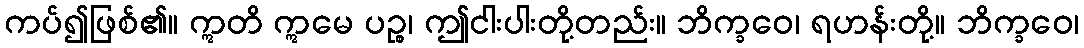
ကပ်၍ဖြစ်၏။ ဣတိ ဣမေ ပဉ္စ၊ ဤငါးပါးတို့တည်း။ ဘိက္ခဝေ၊ ရဟန်းတို့။ ဘိက္ခဝေ၊